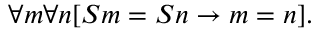
\forall m \forall n [ S m = S n \rightarrow m = n ] .